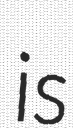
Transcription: is